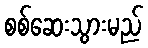
စစ်ဆေးသွားမည်